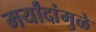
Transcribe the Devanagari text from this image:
मर्यांदांमुळे